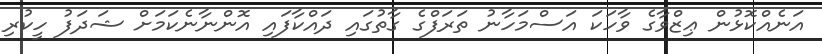
އަނެއްކޮޅުން ޢިޒްވާގެ ވާހަކަ އަސްމަހާނު ތަރަފްގެ ގާތުގައި ދައްކާފައި އޮންނާނެކަމަށް ޝަދަފު ހީކުރި